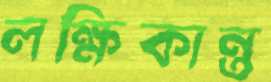
লক্ষিকান্ত